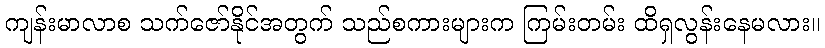
ကျန်းမာလာစ သက်ဇော်နိုင်အတွက် သည်စကားများက ကြမ်းတမ်း ထိရှလွန်းနေမလား။